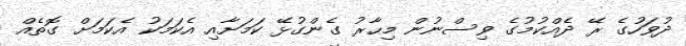
ދުވަހުގެ ރޭ ދެއްކުމުގެ ވިސްނުން މިހާރު ގެންގުޅޭ ކަމަށާއި އެކަމަކު އެކަމަށް ގޮތެއް